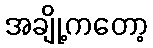
အချို့ကတော့